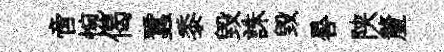
啻惋偈蠶黍毀誅毁晷陕釐